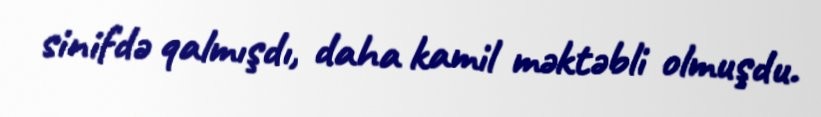
sinifdə qalmışdı, daha kamil məktəbli olmuşdu.